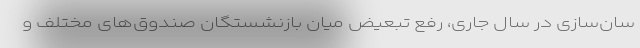
سان‌سازی در سال جاری، رفع تبعیض میان بازنشستگان صندوق‌های مختلف و